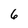
Character: 6